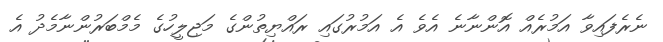
ނެރެފައިވާ އަމުރެއް އޮންނާނެ އެވެ އެ އަމުރުގައި ރައްޔިތުންގެ މަޖިލީހުގެ މެމްބަރުންނާމެދު އެ